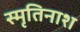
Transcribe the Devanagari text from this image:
स्मृतिनाश